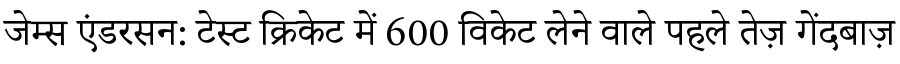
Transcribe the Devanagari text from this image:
जेम्स एंडरसन: टेस्ट क्रिकेट में 600 विकेट लेने वाले पहले तेज़ गेंदबाज़